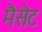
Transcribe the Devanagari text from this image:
मैसेट